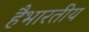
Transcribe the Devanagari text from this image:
हैभारतीय